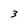
Character: 3